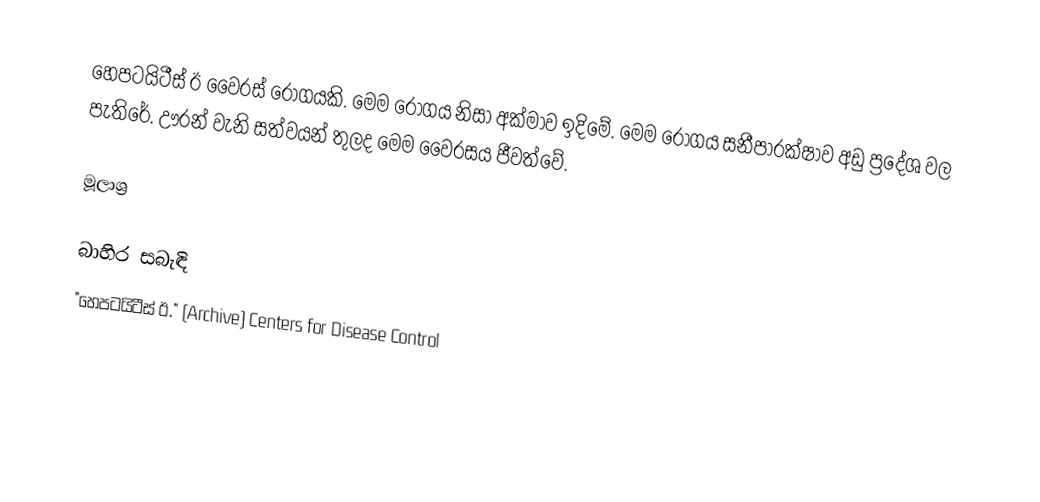
හෙපටයිටීස් ඊ වෛරස් රෝගයකි. මෙම රෝගය නිසා අක්මාව ඉදිමේ. මෙම රෝගය සනීපාරක්ෂාව අඩු ප්‍රදේශ වල පැතිරේ. ඌරන් වැනි සත්වයන් තුලද මෙම වෛරසය ජීවත්වේ.

මූලාශ්‍ර

බාහිර සබැඳි
 "හෙපටයිටීස් ඊ." (Archive) Centers for Disease Control